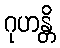
ဂုဟန္တိ